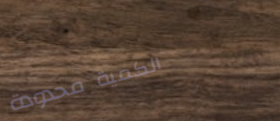
الكمية محدودة